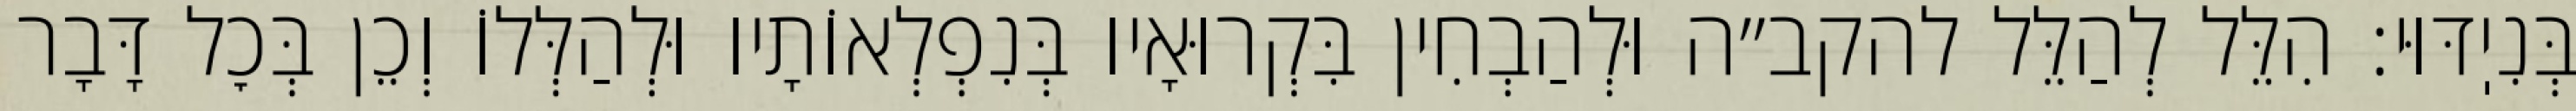
בְּנִיֽדּוּי: הִלֵּל לְהַלֵּל להקב״ה וּלְהַבְחִין בִּקְרוּאָיו בְּנִפְלְאוֹתָיו וּלְהַלְּלוֹ וְכֵן בְּכׇל דָּבָר